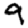
Digit: 9